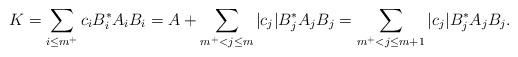
LaTeX: \begin{align*} K=\sum_{i\le m^+} c_i B_i^*A_iB_i=A+\sum_{m^+<j\le m} |c_j| B_j^*A_jB_j =\sum_{m^+<j\le m+1} |c_j| B_j^*A_jB_j. \end{align*}